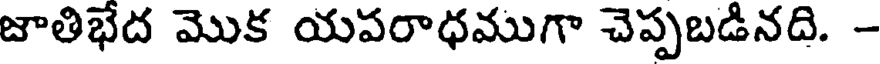
జాతిభేద మొక యపరాధముగా చెప్పబడినది. -